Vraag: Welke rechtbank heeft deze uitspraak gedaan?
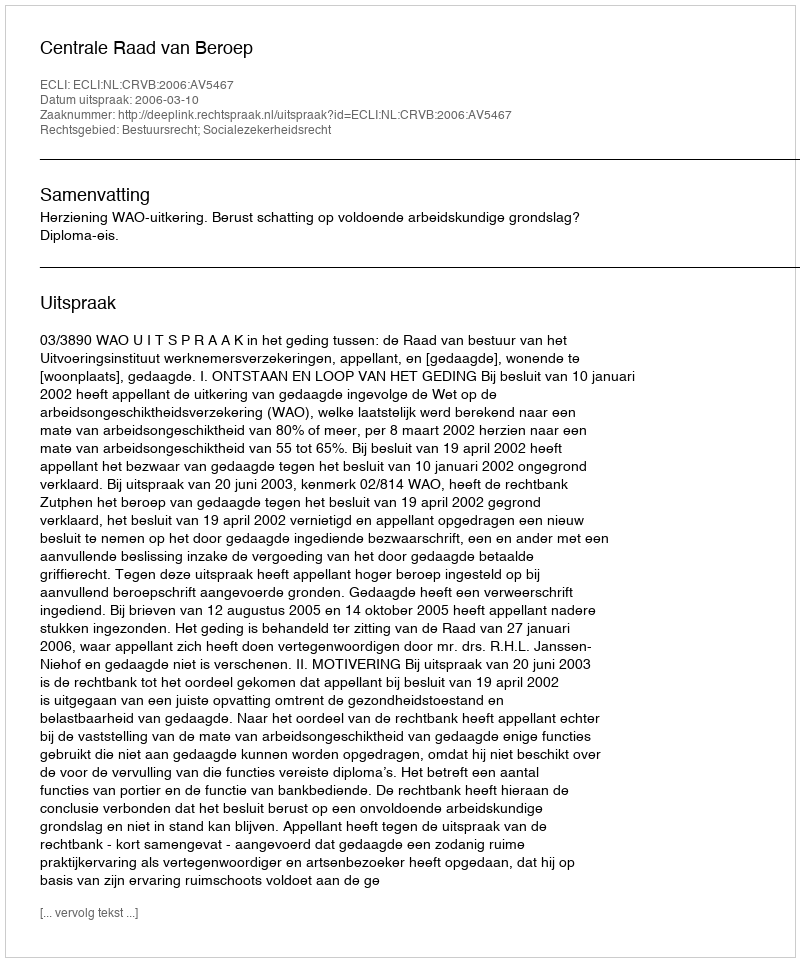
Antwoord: Centrale Raad van Beroep